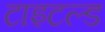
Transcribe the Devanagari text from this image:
टाइटल्ड